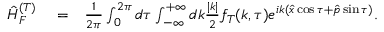
\begin{array} { r l r } { \hat { H } _ { F } ^ { ( T ) } } & { { } = } & { \frac { 1 } { 2 \pi } \int _ { 0 } ^ { 2 \pi } d \tau \int _ { - \infty } ^ { + \infty } d k \frac { | k | } { 2 } f _ { T } ( k , \tau ) e ^ { i k ( \hat { x } \cos \tau + \hat { p } \sin \tau ) } . \ \ \ \ } \end{array}